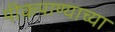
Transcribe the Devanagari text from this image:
पीकपाण्याच्या